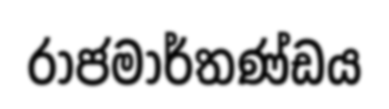
රාජමාර්තණ්ඩය